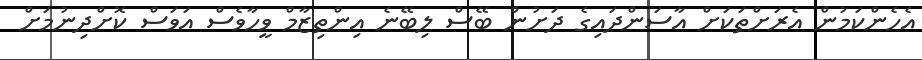
އެހެންކަމުން އެރަށްތަކަށް އާސަންދައިގެ ދަށުން ބޭސް ލިބޭނެ އިންތިޒާމް ވީހާވެސް އަވަސް ކޮށްދިނުމަށް